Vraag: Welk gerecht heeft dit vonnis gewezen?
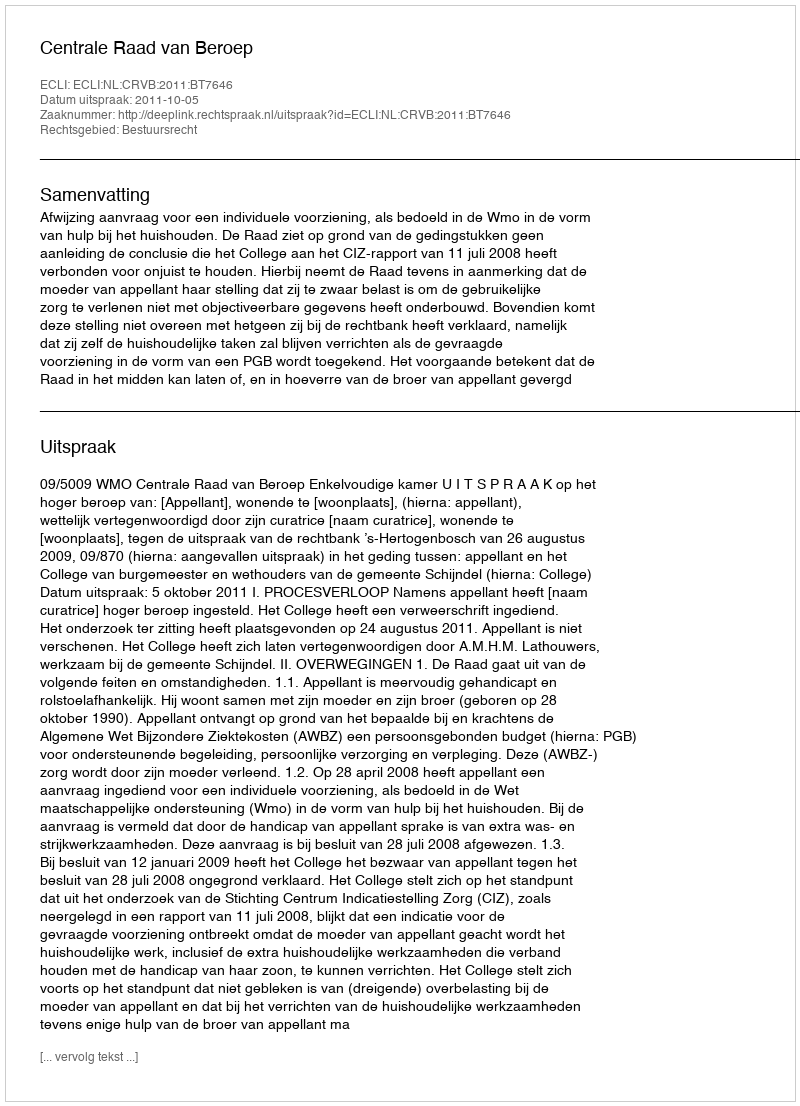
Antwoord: Centrale Raad van Beroep